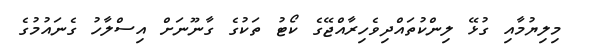
މިލިޔުމާއި ގުޅޭ ލިންކުތައްދިވެހިރާއްޖޭގެ ކޯޓު ތަކުގެ ގާނޫނަށް އިސްލާހު ގެނައުމުގެ